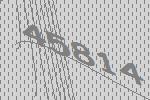
45814